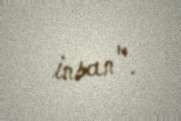
insan".